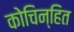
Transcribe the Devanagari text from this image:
कोचिन्हित